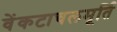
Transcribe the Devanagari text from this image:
वेंकटाचलमूर्ति